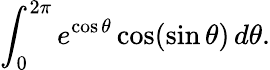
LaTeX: \int_{0}^{2\pi}e^{\cos\theta}\cos(\sin\theta)\, d\theta.